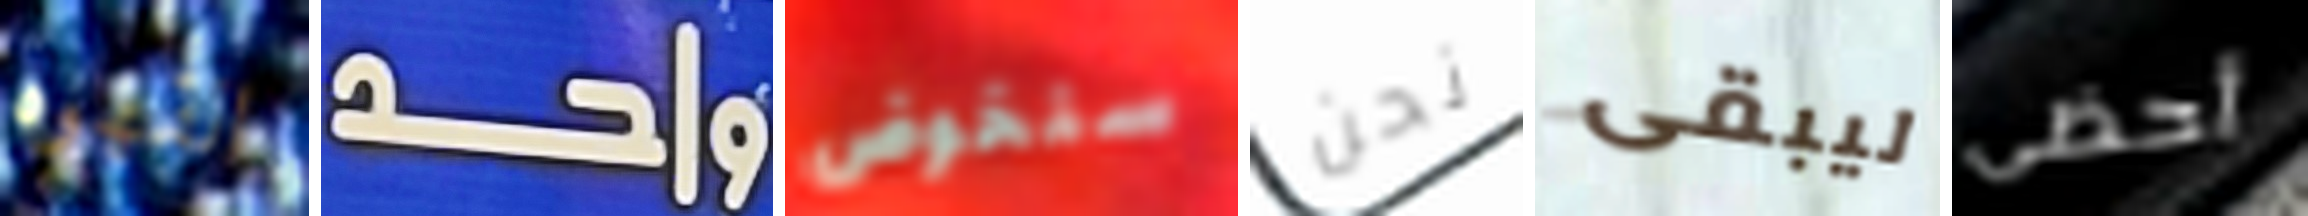
القهوه واحد سنخوض نحن ليبقى أحظى